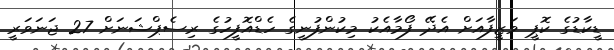
ޑީކާޑުގެ ކޮޕީ ވަޒީފާއަށް އެދޭ ފޯމާއެކު މިކުންފުނީގެ ހެޑްއޮފީހުގެ ރިސެޕްޝަނަށް 27 ޖަނަވަރީ